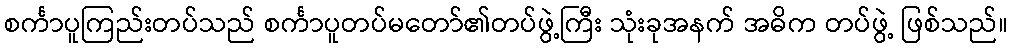
စင်္ကာပူကြည်းတပ်သည် စင်္ကာပူတပ်မတော်၏တပ်ဖွဲ့ကြီး သုံးခုအနက် အဓိက တပ်ဖွဲ့ ဖြစ်သည်။